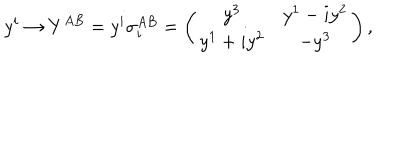
y ^ { i } \rightarrow Y ^ { A B } = y ^ { i } \sigma _ { i } ^ { A B } = \left( \begin{matrix} { { y ^ { 3 } } } & { { y ^ { 1 } - i y ^ { 2 } } } \\ { { y ^ { 1 } + i y ^ { 2 } } } & { { - y ^ { 3 } } } \\ \end{matrix} \right) ,